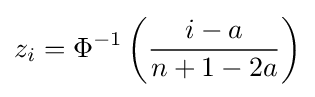
z_{i}=\Phi ^{-1}\left({\frac {i-a}{n+1-2a}}\right)